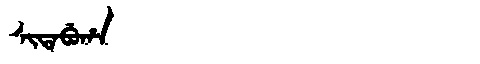
Manchu: ᠰᡳᡨᠠᠪᡠᡥᠠ
Romanization: SITABUHA